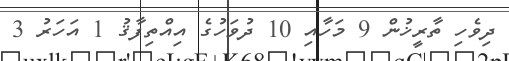
ދިވެހި ތާރީޚުން 9 މަހާއި 10 ދުވަހުގެ އިއްތިފާޤު 1 އަހަރު 3